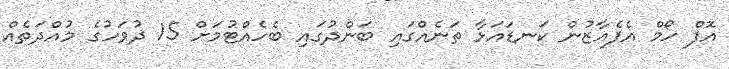
އޮފް ހޯމް އެފެއާޒުން ކަނޑައަޅާ ތަނެއްގައި ބަންދުގައި ބެހެއްޓުމަށް 15 ދުވަހުގެ މުއްދަތެއް